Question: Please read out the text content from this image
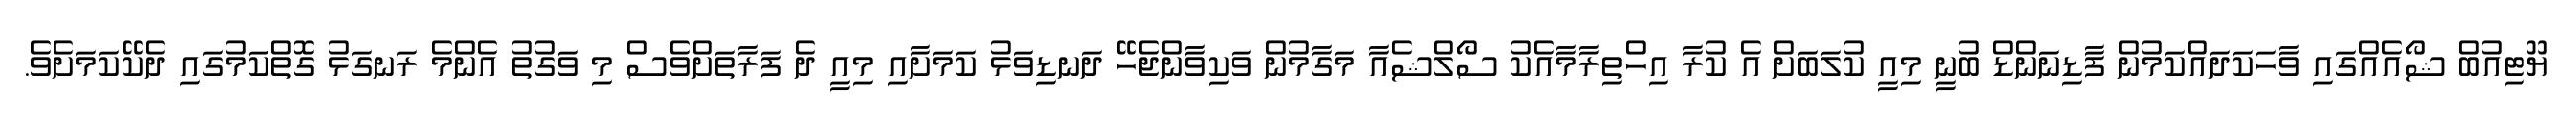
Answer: ޔޫޓިއުބް ޝޯއެއްގައި ވާހަކަދައްކަމުން ފާޑިނަންޑް ބުނީ މިއީ ކުލަބަށް އެ ކުރާ އިހްތިރާމާއެކު ސޯލްޝެއާ މަގާމުން ވަކިވާންޖެހޭ ދަނޑިވަޅު ކަމަށާއި މިއީ ދެ ފަރާތަށްވެސް މި ވަގުތު އެންމެ ރަނގަޅު ގޮތްކަމުގައި ދެކޭކަމަށެވެ.